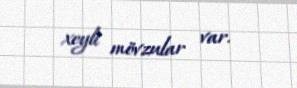
xeyli mövzular var.